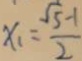
x _ { 1 } = \frac { \sqrt { 5 } - 1 } { 2 }